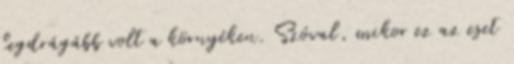
legdrágább volt a környéken. Szóval, mikor ez az eset